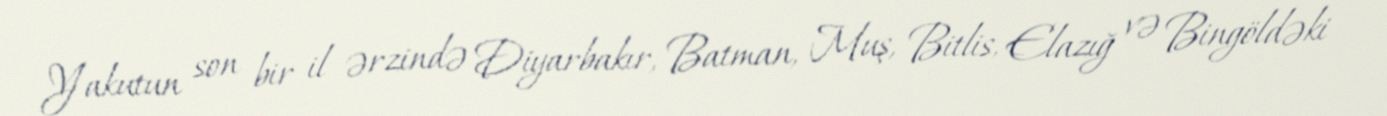
Yakutun son bir il ərzində Diyarbakır, Batman, Muş, Bitlis, Elazığ və Bingöldəki